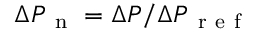
{ \Delta P } _ { \mathrm { ~ n ~ } } = \Delta P / { \Delta P } _ { \mathrm { ~ r ~ e ~ f ~ } }